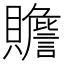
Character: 𧸸